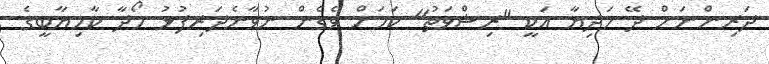
ދަރިންނަށް ދޭ ހަދިޔާ އަކީ "ރިޝްވަތު" ކަމަށް ވެގެން ނުވާނެދަރިފުޅު ހޯދާ ކާމިޔާބީގެ